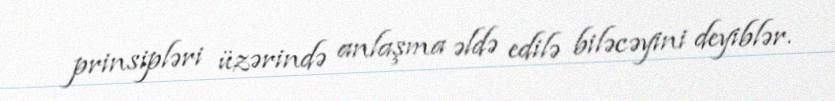
prinsipləri üzərində anlaşma əldə edilə biləcəyini deyiblər.